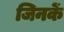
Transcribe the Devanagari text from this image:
जिनकें